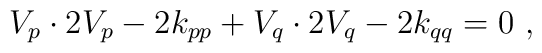
V_{p} \cdot 2V_{p} - 2 k_{pp} + V_{q} \cdot 2V_{q} - 2 k_{qq} = 0 ~,